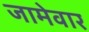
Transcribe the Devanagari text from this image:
जामेवार